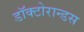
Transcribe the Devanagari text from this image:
डॉक्टोरान्डस